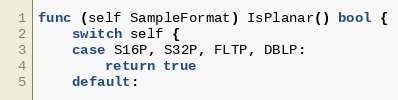
Language: Go
func (self SampleFormat) IsPlanar() bool {
	switch self {
	case S16P, S32P, FLTP, DBLP:
		return true
	default: